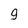
Character: 9